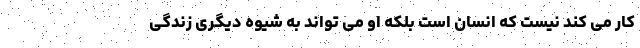
کار می کند نیست که انسان است بلکه او می تواند به شیوه دیگری زندگی